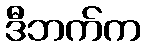
ဒီဘက်က